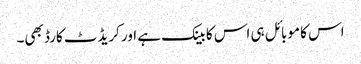
اس کا موبائل ہی اس کا بینک ہے اور کریڈٹ کارڈ بھی۔